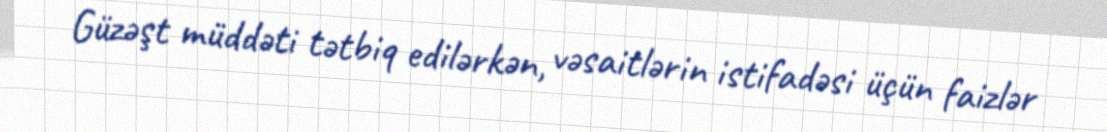
Güzəşt müddəti tətbiq edilərkən, vəsaitlərin istifadəsi üçün faizlər